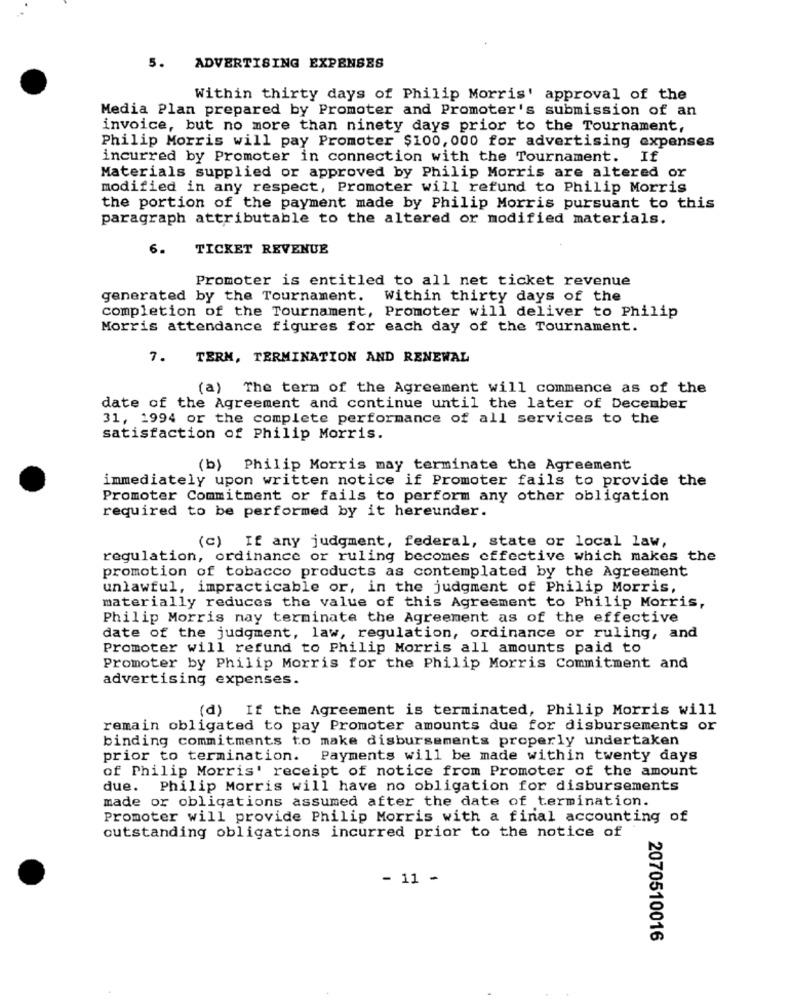
5.
ADVERTISING EXPENSES
Within thirty days of Philip Morris' approval of the
Media Plan prepared by Promoter and Promoter's submission of an
invoice, but no more than ninety days prior to the Tournament,
Philip Morris will pay Promoter $100, 000 for advertising expenses
incurred by Promoter in connection with the Tournament. If
Materials supplied or approved by Philip Morris are altered or
modified in any respect, Promoter will refund to Philip Morris
the portion of the payment made by Philip Morris pursuant to this
paragraph attributable to the altered or modified materials.
6.
TICKET REVENUE
Promoter is entitled to all net ticket revenue
generated by the Tournament. Within thirty days of the
completion of the Tournament, Promoter will deliver to Philip
Morris attendance figures for each day of the Tournament.
7.
TERM, TERMINATION AND RENEWAL
(a) The term of the Agreement will commence as of the
date of the Agreement and continue until the later of December
31, 1994 or the complete performance of all services to the
satisfaction of Philip Morris.
(b) Philip Morris may terminate the Agreement
immediately upon written notice if Promoter fails to provide the
Promoter Commitment or fails to perform any other obligation
required to be performed by it hereunder.
(c) If any judgment, federal, state or local law,
regulation, ordinance or ruling becomes effective which makes the
promotion of tobacco products as contemplated by the Agreement
unlawful, impracticable or, in the judgment of Philip Morris,
materially reduces the value of this Agreement to Philip Morris,
Philip Morris nay terminate the Agreement as of the effective
date of the judgment, law, regulation, ordinance or ruling, and
Promoter will refund to Philip Morris all amounts paid to
Promoter by Philip Morris for the Philip Morris Commitment and
advertising expenses.
(d) If the Agreement is terminated, Philip Morris will
remain obligated to pay Promoter amounts due for disbursements or
binding commitments to make disbursements properly undertaken
prior to termination. Payments will be made within twenty days
of Philip Morris' receipt of notice from Promoter of the amount
due. Philip Morris will have no obligation for disbursements
made or obligations assumed after the date of termination.
Promoter will provide Philip Morris with a final accounting of
outstanding obligations incurred prior to the notice of
- 11 -
2070510016